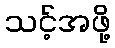
သင့်အဖို့